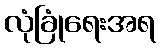
လုံခြုံရေးအရ